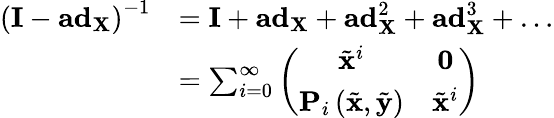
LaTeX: \begin{array}{rl}{\left(\mathbf{I}-\mathbf{ad}_{\mathbf{X}}\right)^{-1}}&{=\mathbf{I}+\mathbf{ad}_{\mathbf{X}}+\mathbf{ad}_{\mathbf{X}}^{2}+\mathbf{ad}_{\mathbf{X}}^{3}+\ldots}\\ &{=\sum_{i=0}^{\infty}\left(\begin{array}{cc}{\tilde{\mathbf{x}}^{i}}&{\mathbf{0}}\\ {\mathbf{P}_{i}\left(\tilde{\mathbf{x}},\tilde{\mathbf{y}}\right)}&{\tilde{\mathbf{x}}^{i}}\end{array}\right)}\end{array}